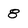
Character: 8